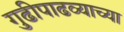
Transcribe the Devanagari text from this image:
गुढीपाढव्याच्या